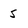
Character: 5